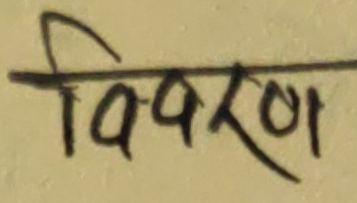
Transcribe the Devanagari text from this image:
विवरण